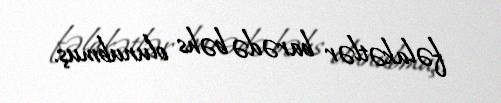
fəlakətlər barədə bəhs olunubmuş.